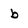
Character: b